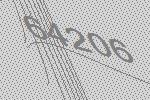
64206